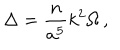
LaTeX: \Delta = { \frac { n } { a ^ { 5 } } } k ^ { 2 } \Omega \, ,